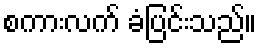
စကားလက် ခံပြင်းသည်။